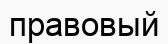
правовый